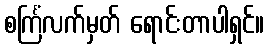
စင်္ကြံလက်မှတ် ရောင်းတာပါရှင်။